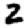
Digit: 2